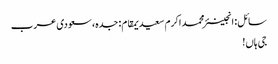
سائل: انجینئر محمد اکرم سعیدیمقام: جدہ، سعودی عرب
جی ہاں!